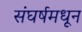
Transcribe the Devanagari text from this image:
संघर्षमधून